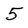
Character: 5